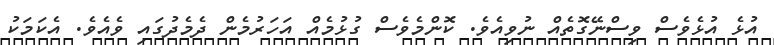
އުޅެ އުޅެވެސް ވިސްނޭގޮތެއް ނުވިއެވެ. ކޮންމެވެސް ގުޅުމެއް އަހަރުމެން ދެމެދުގައި ވެއެވެ. އެކަމަކު